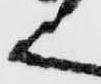
く